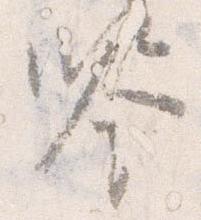
鑑